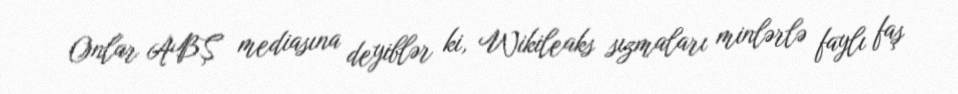
Onlar ABŞ mediasına deyiblər ki, Wikileaks sızmaları minlərlə faylı faş